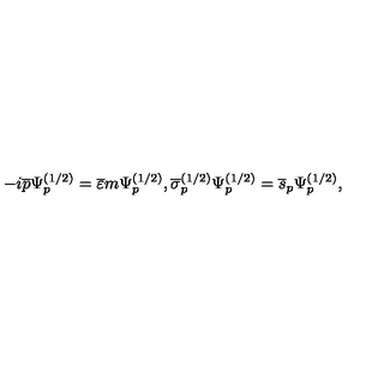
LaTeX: - i \overline { { p } } \Psi _ { p } ^ { ( 1 / 2 ) } = \overline { { \varepsilon } } m \Psi _ { p } ^ { ( 1 / 2 ) } , \overline { { \sigma } } _ { p } ^ { ( 1 / 2 ) } \Psi _ { p } ^ { ( 1 / 2 ) } = \overline { { s } } _ { p } \Psi _ { p } ^ { ( 1 / 2 ) } ,